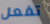
تفعل